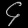
Digit: ၄